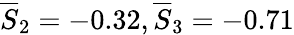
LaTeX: \overline{{S}}_{2}=-0.32,\overline{{S}}_{3}=-0.71